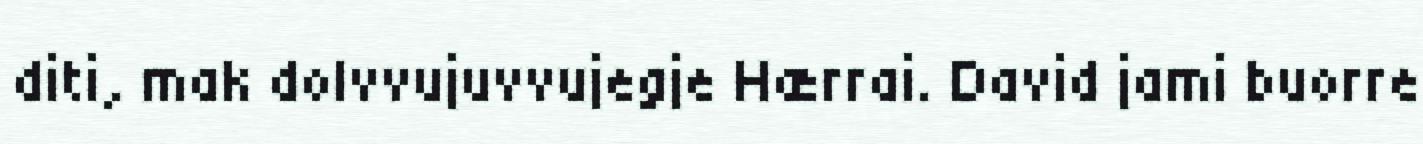
diti, mak dolvvujuvvujegje Hærrai. David jami buorre